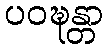
ပဝဍ္ဎန္တာ